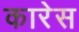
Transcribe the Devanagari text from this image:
कारेस